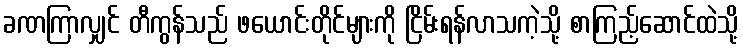
ခဏကြာလျှင် တီကွန်သည် ဖယောင်းတိုင်များကို ငြိမ်းရန်လာသကဲ့သို့ စာကြည့်ဆောင်ထဲသို့